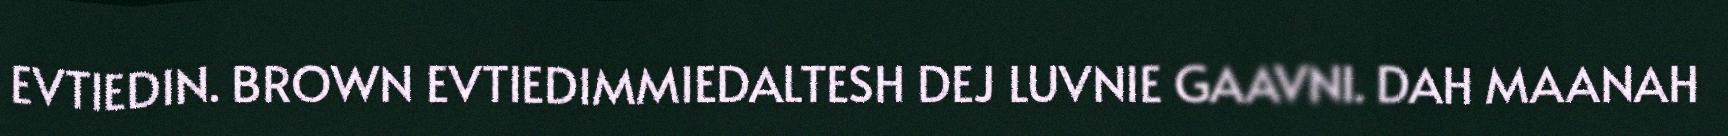
EVTIEDIN. BROWN EVTIEDIMMIEDALTESH DEJ LUVNIE GAAVNI. DAH MAANAH